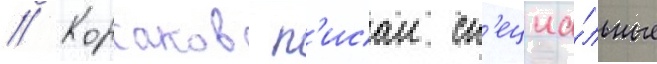
// Корсаков п'исал сп'ециа́льные